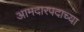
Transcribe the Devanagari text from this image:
आमदारपदाच्या